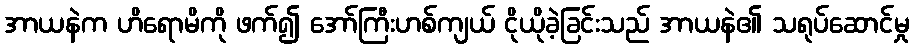
အာယနဲက ဟိရောမိကို ဖက်၍ အော်ကြီးဟစ်ကျယ် ငိုယိုခဲ့ခြင်းသည် အာယနဲ၏ သရုပ်ဆောင်မှု